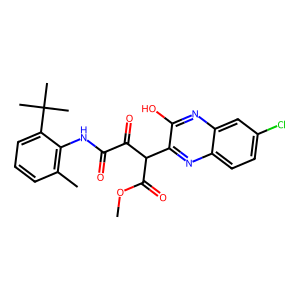
SMILES: COC(=O)C(C(=O)C(=O)Nc1c(C)cccc1C(C)(C)C)c1nc2ccc(Cl)cc2nc1O
Inhibits HIV replication: No